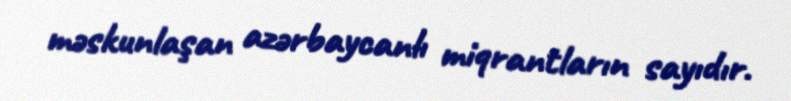
məskunlaşan azərbaycanlı miqrantların sayıdır.